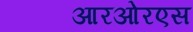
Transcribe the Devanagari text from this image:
आरओरएस